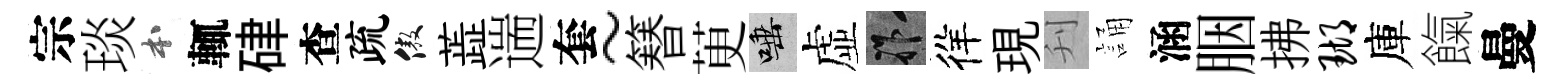
宗琰本輒硉查疏傲蕋遄套~簮茰唾虚祚徉現刋誦涵胭拂瑚庫餼曼